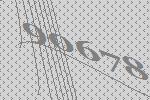
90678